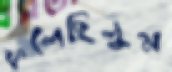
ফলেছিলুম